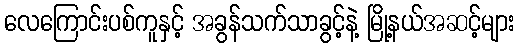
လေကြောင်းပစ်ကူနှင့် အခွန်သက်သာခွင့်နဲ့ မြို့နယ်အဆင့်များ